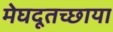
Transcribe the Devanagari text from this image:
मेघदूतच्छाया